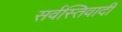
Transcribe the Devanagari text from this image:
सर्वस्तिवादी